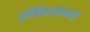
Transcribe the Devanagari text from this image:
कृषिविद्यापीठाकडून